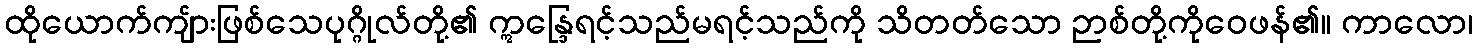
ထိုယောက်ကျ်ားဖြစ်သေပုဂ္ဂိုလ်တို့၏ ဣန္ဒြေရင့်သည်မရင့်သည်ကို သိတတ်သော ဉာစ်တို့ကိုဝေဖန်၏။ ကာလော၊